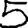
Digit: 5